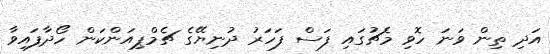
އަދި ތިން ވަނަ ހޮވި މެޗުގައި ފަސް ފަހަރު ދުނިޔޭގެ ޗެމްޕިއަންކަން ހޯދާފައިވާ